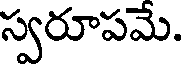
స్వరూపమే.